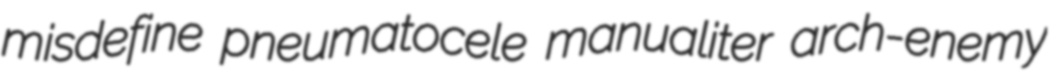
misdefine pneumatocele manualiter arch-enemy